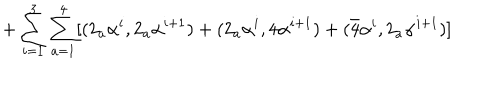
LaTeX: + \sum _ { i = 1 } ^ { 3 } \sum _ { a = 1 } ^ { 4 } [ ( 2 _ { a } \alpha ^ { i } , 2 _ { a } \alpha ^ { i + 1 } ) + ( 2 _ { a } \alpha ^ { i } , 4 \alpha ^ { i + 1 } ) + ( \bar { 4 } \alpha ^ { i } , 2 _ { a } \alpha ^ { i + 1 } ) ]